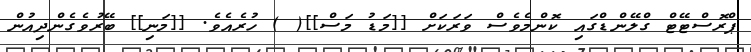
ޕްރޮސްޓޭޓް ގްލޭންޑްގައި ކޮންމެވެސް ވަރަކަށް [[މަޑު މަސް]]( ) ހުރެެއެވެ. [[މަނި]] ބޭރުވެގެންދިއުން